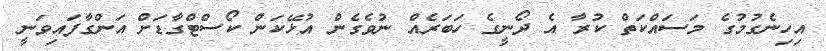
އިހިނެގުމުގެ މަސައްކަތް ކުރާ އެ ދޯނީގެ ހަބަރެއް ނުވެގެން އުޅޭކަން ކޯސްޓްގާޑަށް އަންގާފައިވަނީ